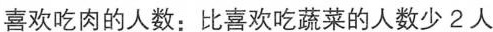
喜欢吃肉的人数：比喜欢吃蔬菜的人数少2人